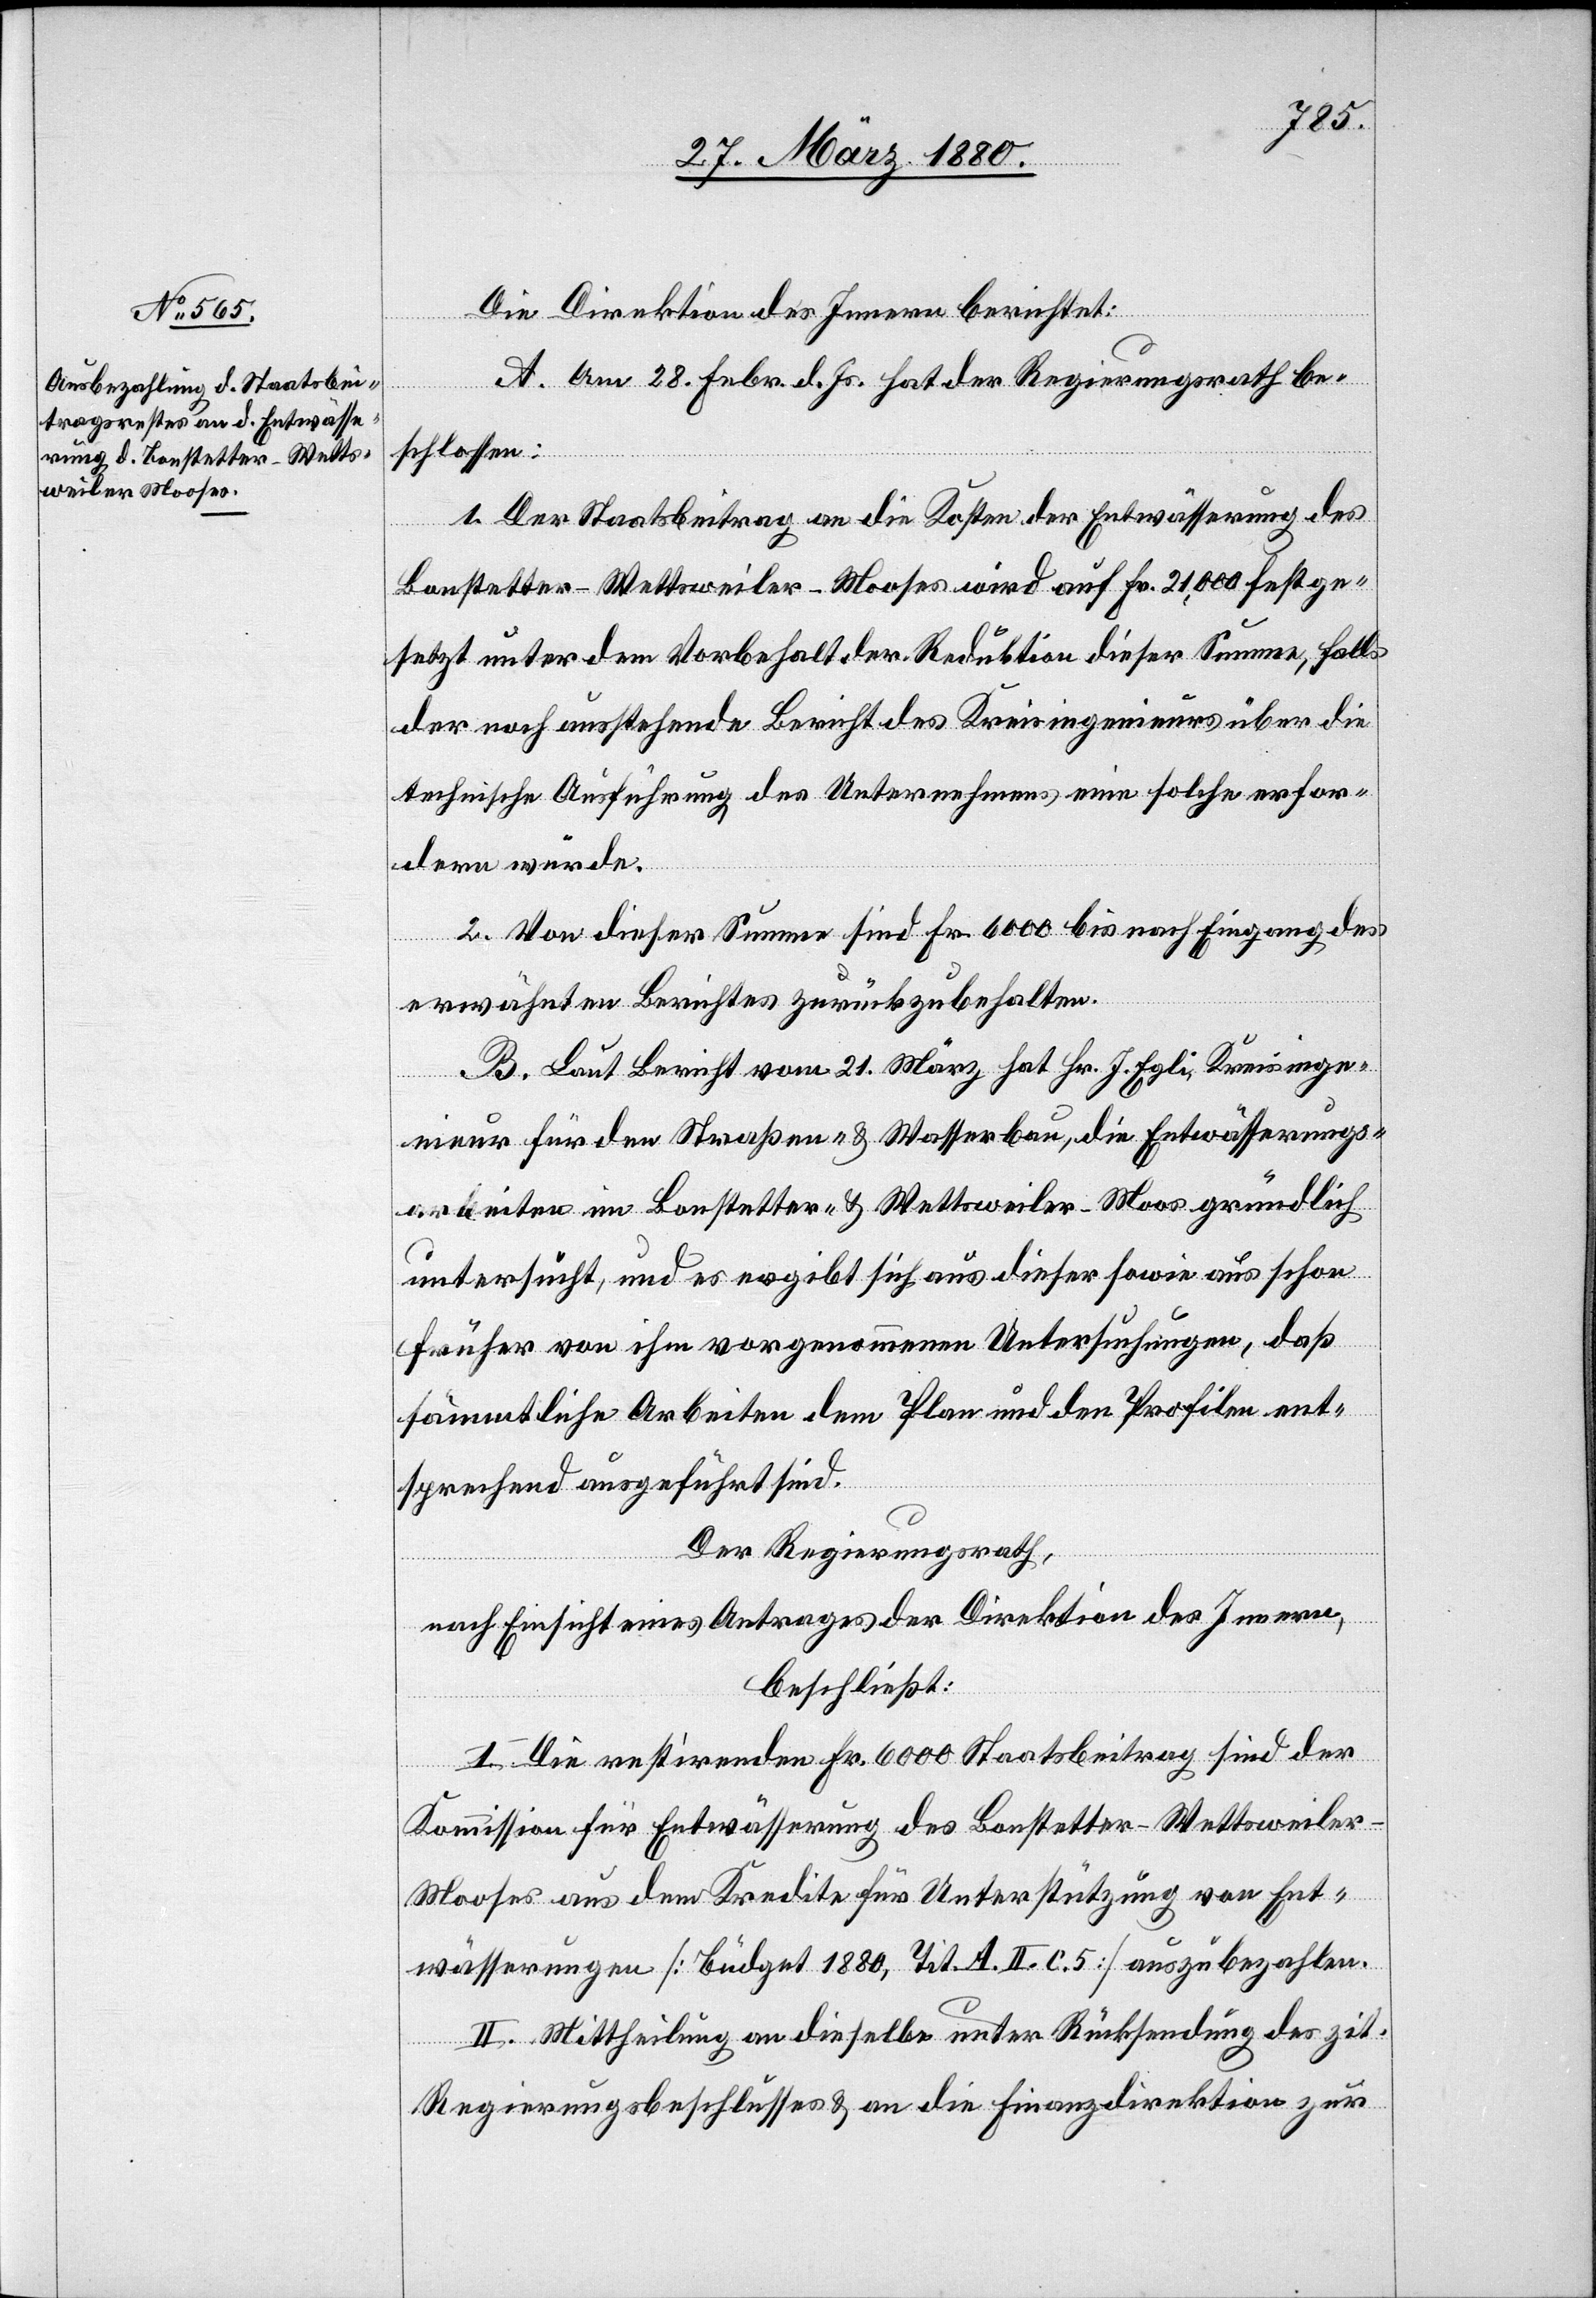
Die Direktion des Innern berichtet:
A. Am 28. Febr. d. Js. hat der Regierungsrath be¬
schlossen:
1. Der Staatsbeitrag an die Kosten der Entwässerung des
Bonstetter-Wettsweiler-Mooses wird auf Fr. 21, 000 [s¬
setzt unter dem Vorbehalt der Reduktion dieser Summe, falls
der noch ausstehende Bericht des Kreisingenieurs über die
technische Ausführung des Unternehmens eine solche erfor¬
dern würde.
2. Von dieser Summe sind Fr. 6000 bis nach Eingang des
festge¬
erwähnten Berichtes zurückzubehalten.
B. Laut Bericht vom 21. März hat Hr. J. Egli, Kreisinge¬
nieur für den Straßen- & Wasserbau, die Entwässerungs¬
arbeiten im Bonstetter- & Wettsweiler-Moos gründlich
untersucht, und es ergibt sich aus dieser sowie aus schon
früher von ihm vorgenommenen Untersuchungen, daß
sämmtliche Arbeiten dem Plan und den Profilen ent¬
sprechend ausgeführt sind.
Der Regierungsrath,
nach Einsicht eines Antrages der Direktion des Innern,
beschließt:
I. Die restirenden Fr. 6000 Staatsbeitrag sind der
Kommission für Entwässerung des Bonstetter-Wettsweile¬
r-Mooses aus dem Kredite für Unterstützung von Ent¬
wässerungen [Büdget 1880, Tit. A. & c. 5.] auszubezahlen.
II. Mittheilung an dieselbe unter Rücksendung des zit.
ic!]
Regierungsbeschlusses & an die Finanzdirektion zur